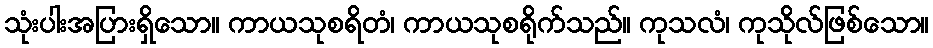
သုံးပါးအပြားရှိသော။ ကာယသုစရိတံ၊ ကာယသုစရိုက်သည်။ ကုသလံ၊ ကုသိုလ်ဖြစ်သော။